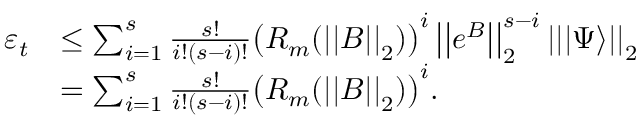
\begin{array} { r l } { \varepsilon _ { t } } & { \leq \sum _ { i = 1 } ^ { s } \frac { s ! } { i ! ( s - i ) ! } \big ( R _ { m } ( \left| \left| B \right| \right| _ { 2 } ) \big ) ^ { i } \left| \left| e ^ { B } \right| \right| _ { 2 } ^ { s - i } \left| \left| | \Psi \rangle \right| \right| _ { 2 } } \\ & { = \sum _ { i = 1 } ^ { s } \frac { s ! } { i ! ( s - i ) ! } \big ( R _ { m } ( \left| \left| B \right| \right| _ { 2 } ) \big ) ^ { i } . } \end{array}